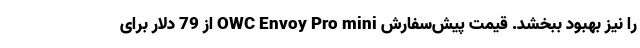
را نیز بهبود ببخشد. قیمت پیش‌سفارش OWC Envoy Pro mini از 79 دلار برای